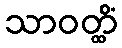
သာဝတ္ထိံ